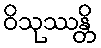
ဝိသုဿန္တိ